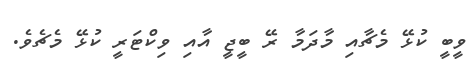
ވީބީ ކުޅޭ މެޗާއި މާދަމާ ރޭ ބީޖީ އާއި ވިކްޓަރީ ކުޅޭ މެޗެވެ.